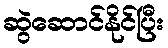
ဆွဲဆောင်နိုင်ပြီး